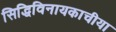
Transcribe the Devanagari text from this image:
सिद्धिविनायकाचीया